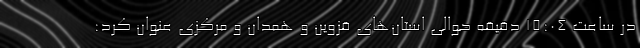
در ساعت ۱۵:۰۴ دقیقه حوالی استان‌های قزوین و همدان و مرکزی عنوان کرد: